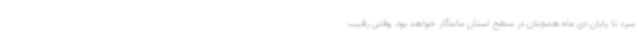
سرد تا پایان دی ماه همچنان در سطح استان ماندگار خواهد بود. وقتی رقیب